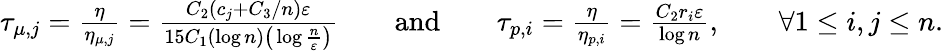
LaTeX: \begin{array}{r}{\tau_{\mu,j}=\frac{\eta}{\eta_{\mu,j}}=\frac{C_{2}(c_{j}+C_{3}/n)\varepsilon}{15C_{1}(\log n)\big(\log\frac{n}{\varepsilon}\big)}\qquad\mathrm{and}\qquad\tau_{p,i}=\frac{\eta}{\eta_{p,i}}=\frac{C_{2}r_{i}\varepsilon}{\log n},\qquad\forall 1\leq i,j\leq n.}\end{array}